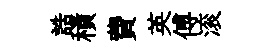
誥積費英傅滚